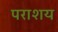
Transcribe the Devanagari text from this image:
पराशय